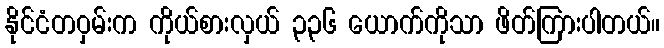
နိုင်ငံတဝှမ်းက ကိုယ်စားလှယ် ၃၃၆ ယောက်ကိုသာ ဖိတ်ကြားပါတယ်။